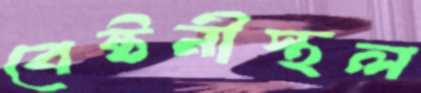
বেষ্টনীস্থল